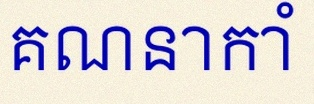
គណនាកាំ